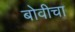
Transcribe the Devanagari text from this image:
बोवीचा